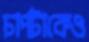
চাপটাকেও